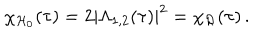
\chi _ { \mathcal { H } _ { 0 } } ( \tau ) = 2 \left| \Lambda _ { 1 , 2 } ( \tau ) \right| ^ { 2 } = \chi _ { \mathcal { R } } ( \tau ) \, .